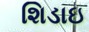
શિડાઇ